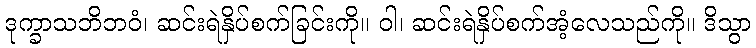
ဒုက္ခာသဘိဘဝံ၊ ဆင်းရဲနှိပ်စက်ခြင်းကို။ ဝါ၊ ဆင်းရဲနှိပ်စက်အံ့လေသည်ကို။ ဒိသွာ